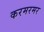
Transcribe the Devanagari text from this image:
करमरमर